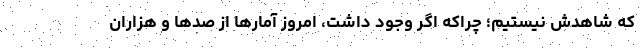
که شاهدش نیستیم؛ چراکه اگر وجود داشت، امروز آمارها از صدها و هزاران